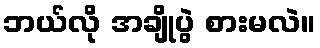
ဘယ်လို အချိုပွဲ စားမလဲ။